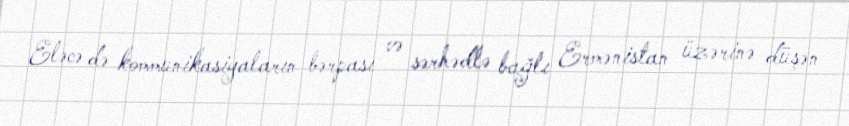
Eləcə də kommunikasiyaların bərpası və sərhədlə bağlı Ermənistan üzərinə düşən